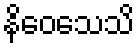
နိဝေသေသိ